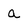
Character: a